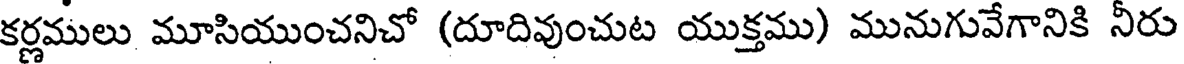
కర్ణములు మూసియుంచనిచో (దూదివుంచుట యుక్తము) మునుగువేగానికి నీరు